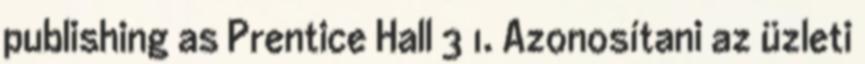
publishing as Prentice Hall 3 1. Azonosítani az üzleti